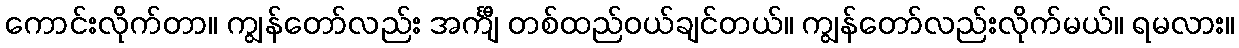
ကောင်းလိုက်တာ။ ကျွန်တော်လည်း အင်္ကျီ တစ်ထည်ဝယ်ချင်တယ်။ ကျွန်တော်လည်းလိုက်မယ်။ ရမလား။